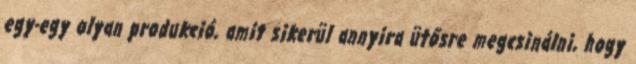
egy-egy olyan produkció, amit sikerül annyira ütősre megcsinálni, hogy